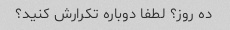
ده روز؟ لطفا دوباره تکرارش کنید؟